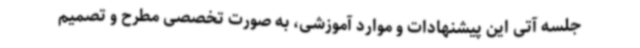
جلسه آتی این پیشنهادات و موارد آموزشی، به صورت تخصصی مطرح و تصمیم